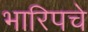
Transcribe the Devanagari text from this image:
भारिपचे